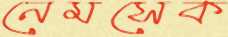
নেমসেক